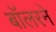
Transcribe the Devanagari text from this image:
बॉलरने